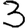
Digit: 3